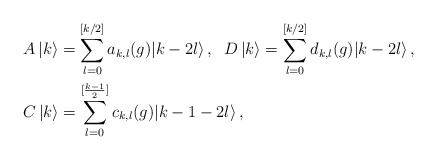
\begin{align*}& A \, | k \rangle = \sum_{ l = 0}^{[k/2]} a_{k,l}(g) | k - 2 l \rangle \,,\;\;D \, | k \rangle = \sum_{ l = 0}^{[k/2]} d_{k,l}(g) | k - 2 l \rangle \,, \\& C \, | k \rangle = \sum_{ l = 0}^{[\frac{k-1}{2}]} c_{k,l}(g) | k - 1 - 2 l \rangle \,, \end{align*}